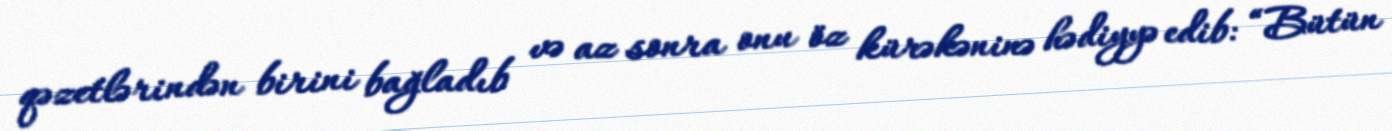
qəzetlərindən birini bağladıb və az sonra onu öz kürəkəninə hədiyyə edib: “Bütün